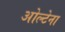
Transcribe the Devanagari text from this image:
ओल्टेना